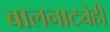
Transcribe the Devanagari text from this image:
बालनाट्येही